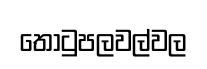
තොටුපලවල්වල